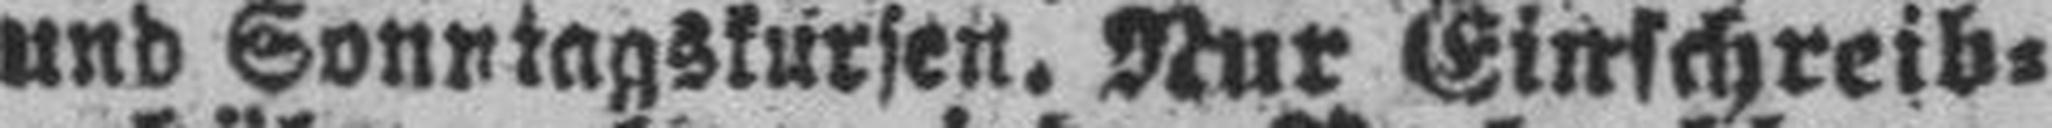
und Sonntagskürsen. Nur Einschreib¬